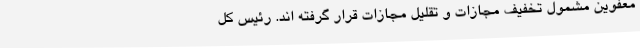
معفوین مشمول تخفیف مجازات و تقلیل مجازات قرار گرفته اند. رئیس کل